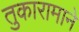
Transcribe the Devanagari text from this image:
तुकारामाने